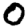
Digit: 0